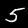
Label: 5